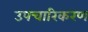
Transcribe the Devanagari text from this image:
उपचारिकरण